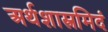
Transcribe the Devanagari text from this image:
अर्थशास्त्रमिदं